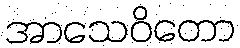
အာသေဝိတော